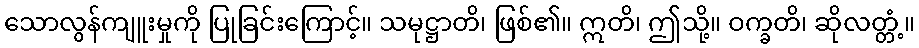
သောလွန်ကျူးမှုကို ပြုခြင်းကြောင့်။ သမုဋ္ဌာတိ၊ ဖြစ်၏။ ဣတိ၊ ဤသို့။ ဝက္ခတိ၊ ဆိုလတ္တံ့။